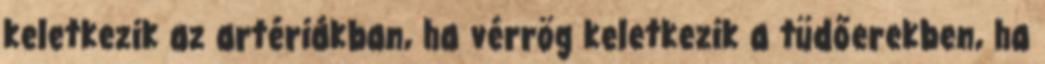
keletkezik az artériákban, ha vérrög keletkezik a tüdőerekben, ha